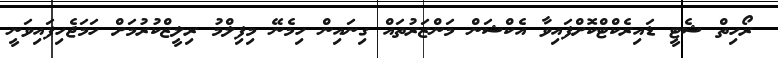
ރޯހިތް ޝެޓީ ޑައިރެކްޓްކޮށްފައިވާ އެކްޝަން މަންޒަރުތައް ގިނައިން ހިމެނޭ މިފިލްމު ރިލީޒްކުރުމަށް ހަމަޖެހިފައިވަނީ